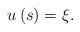
LaTeX: \begin{align*}u\left( s \right) = \xi.\end{align*}